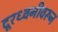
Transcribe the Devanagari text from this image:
दूरध्वनीवरून